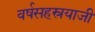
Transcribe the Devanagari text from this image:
वर्षसहस्रयाजी